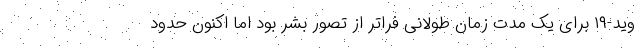
وید-۱۹ برای یک مدت زمان طولانی فراتر از تصور بشر بود اما اکنون حدود